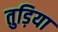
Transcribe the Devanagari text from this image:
तुड़िया